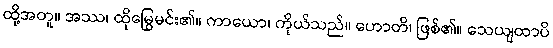
ထို့အတူ။ အဿ၊ ထိုမြွေမင်း၏။ ကာယော၊ ကိုယ်သည်။ ဟောတိ၊ ဖြစ်၏။ သေယျထာပိ